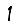
Digit: 1